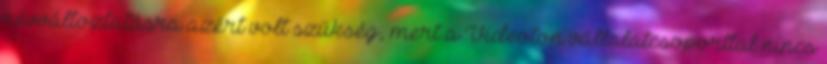
névváltoztatásra azért volt szükség, mert a Videoton vállalatcsoporttal nincs